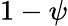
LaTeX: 1-\psi